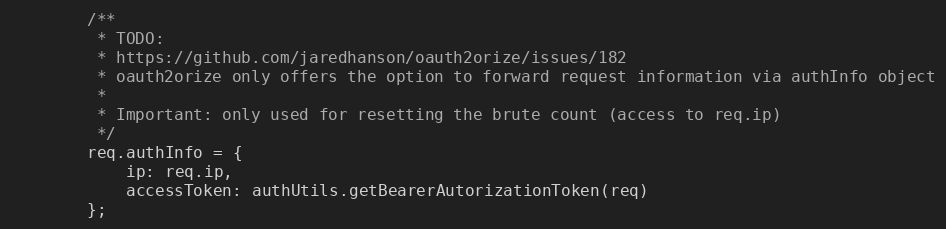
Language: JavaScript
        /**
         * TODO:
         * https://github.com/jaredhanson/oauth2orize/issues/182
         * oauth2orize only offers the option to forward request information via authInfo object
         *
         * Important: only used for resetting the brute count (access to req.ip)
         */
        req.authInfo = {
            ip: req.ip,
            accessToken: authUtils.getBearerAutorizationToken(req)
        };